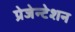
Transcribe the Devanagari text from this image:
प्रेजेन्टेशन